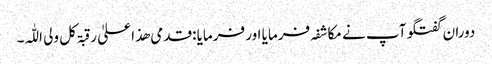
دوران گفتگو آپ نے مکاشفہ فرمایا اور فرمایا :قدمی ھذا علیٰ رقبۃ کل ولی اللّٰہ۔